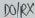
Text: D0/RX